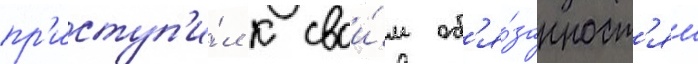
пр'иступ'и́л к свои́м об'я́занност'ям